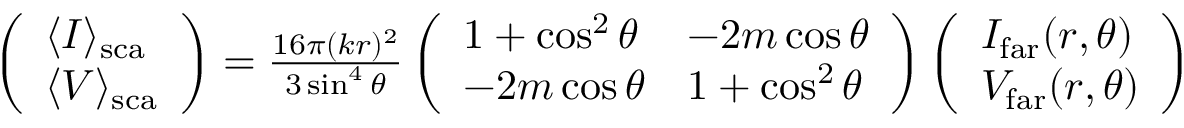
\begin{array} { r } { \left( \begin{array} { l } { \langle I \rangle _ { \mathrm { s c a } } } \\ { \langle V \rangle _ { \mathrm { s c a } } } \end{array} \right) = \frac { 1 6 \pi ( k r ) ^ { 2 } } { 3 \sin ^ { 4 } \theta } \left( \begin{array} { l l } { 1 + \cos ^ { 2 } \theta } & { - 2 m \cos \theta } \\ { - 2 m \cos \theta } & { 1 + \cos ^ { 2 } \theta } \end{array} \right) \left( \begin{array} { l } { I _ { \mathrm { f a r } } ( r , \theta ) } \\ { V _ { \mathrm { f a r } } ( r , \theta ) } \end{array} \right) } \end{array}